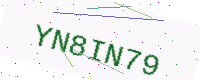
Text: YN8IN79